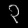
Digit: ၃